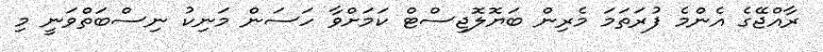
ރާއްޖޭގެ އެންމެ ފުރަތަމަ މެރިން ބަޔޮލޮޖިސްޓް ކަމަށްވާ ހަސަން މަނިކު ނިސްބަތްވަނީ މި